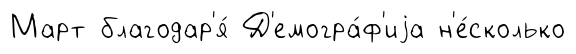
Март благодар'я́ Д'емогра́ф'иjа н'е́сколько